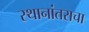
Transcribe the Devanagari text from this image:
स्थानांतराचा